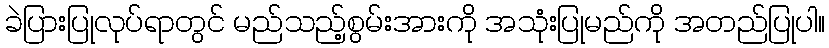
ခဲပြားပြုလုပ်ရာတွင် မည်သည့်စွမ်းအားကို အသုံးပြုမည်ကို အတည်ပြုပါ။